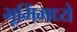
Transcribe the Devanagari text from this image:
भूमिंमध्ये